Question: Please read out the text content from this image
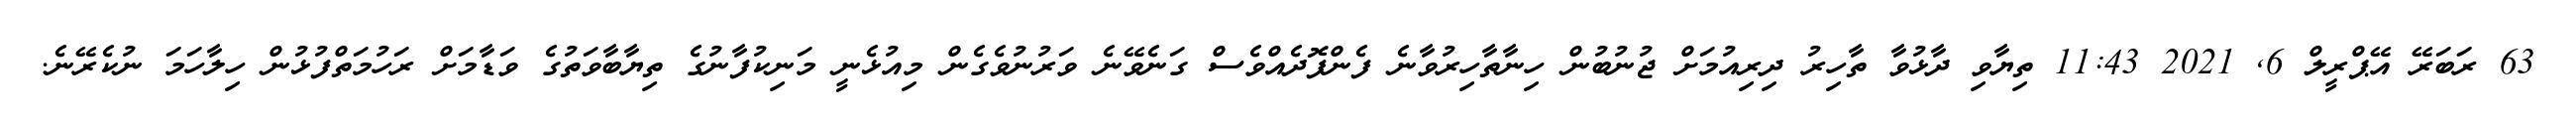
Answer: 63 ރަބަރޭ އޭޕްރީލް 6, 2021 11:43 ތިޔާވި ދާޅުވާ ތާހިރު ދިރިއުމަށް ޖުނުބުން ހިނާތާހިރުވާނެ ފެންފޮދެއްވެސް ގަނެވޭނެ ވަރުނުވެގެން މިއުޅެނީ މަނިކުފާނުގެ ތިޔާބާވަތުގެ ވަޑާމަށް ރަހުމަތްފުޅުން ހިލާހަމަ ނުކެރޭނެ.